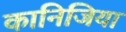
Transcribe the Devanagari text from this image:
कानिजिया